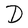
Character: D